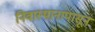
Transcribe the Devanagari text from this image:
निवास्थानापासून